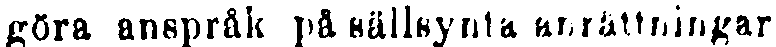
göra anspråk på sällsynta anrättningar.